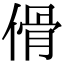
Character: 傦